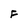
Character: F